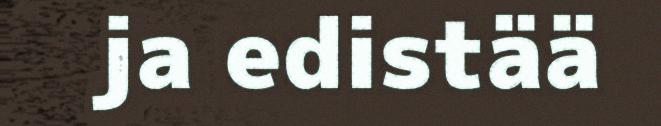
ja edistää